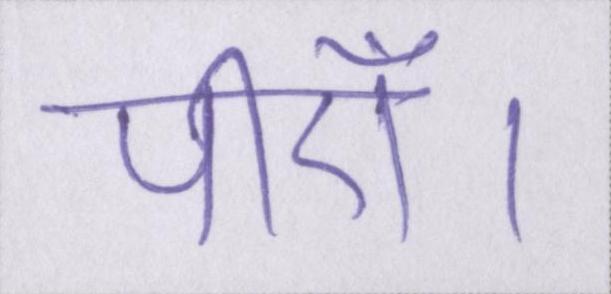
पीएँ।